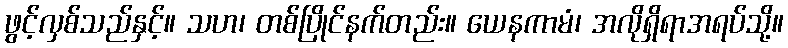
ဖွင့်လှစ်သည်နှင့်။ သဟ၊ တစ်ပြိုင်နက်တည်း။ ယေနကာမံ၊ အလိုရှိရာအရပ်သို့။